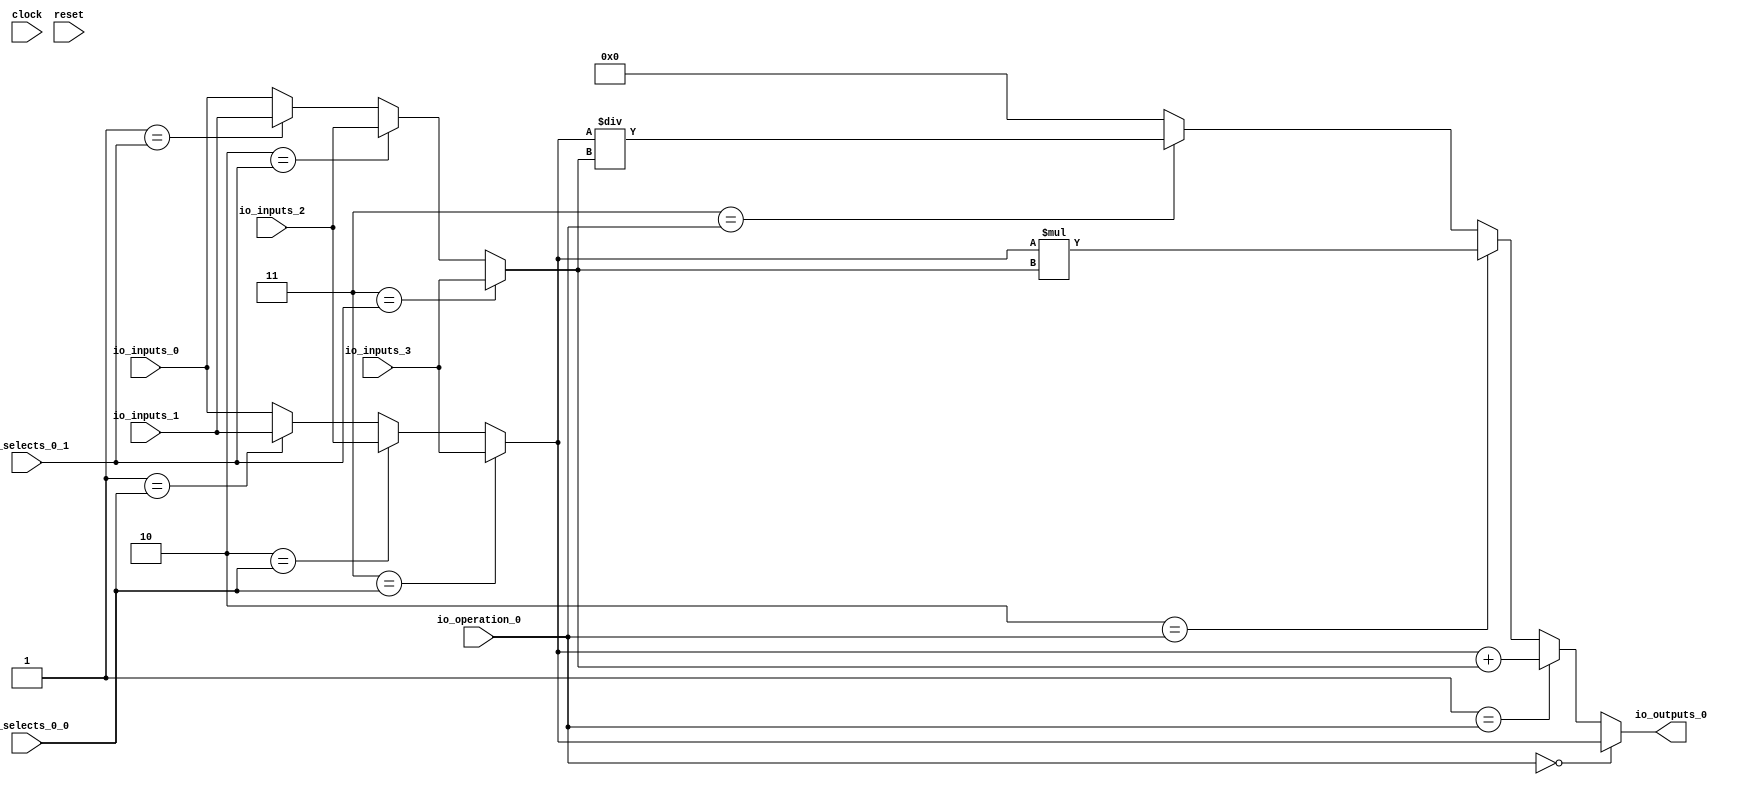
module MuxTest_width_64_inputs_4_outputs_1_pipeline_0( // @[:@3.2]
  input         clock, // @[:@4.4]
  input         reset, // @[:@5.4]
  input  [1:0]  io_selects_0_0, // @[:@6.4]
  input  [1:0]  io_selects_0_1, // @[:@6.4]
  input  [2:0]  io_operation_0, // @[:@6.4]
  input  [63:0] io_inputs_0, // @[:@6.4]
  input  [63:0] io_inputs_1, // @[:@6.4]
  input  [63:0] io_inputs_2, // @[:@6.4]
  input  [63:0] io_inputs_3, // @[:@6.4]
  output [63:0] io_outputs_0 // @[:@6.4]
);
  wire [63:0] _GEN_1; // @[MuxTest_width_64_inputs_4_outputs_1_pipeline_0s.scala 32:53:@8.4]
  wire [63:0] _GEN_2; // @[MuxTest_width_64_inputs_4_outputs_1_pipeline_0s.scala 32:53:@8.4]
  wire [63:0] _GEN_3; // @[MuxTest_width_64_inputs_4_outputs_1_pipeline_0s.scala 32:53:@8.4]
  wire [63:0] _GEN_5; // @[MuxTest_width_64_inputs_4_outputs_1_pipeline_0s.scala 32:53:@8.4]
  wire [63:0] _GEN_6; // @[MuxTest_width_64_inputs_4_outputs_1_pipeline_0s.scala 32:53:@8.4]
  wire [63:0] _GEN_7; // @[MuxTest_width_64_inputs_4_outputs_1_pipeline_0s.scala 32:53:@8.4]
  wire [64:0] _T_128; // @[MuxTest_width_64_inputs_4_outputs_1_pipeline_0s.scala 32:53:@8.4]
  wire [63:0] _T_129; // @[MuxTest_width_64_inputs_4_outputs_1_pipeline_0s.scala 32:53:@9.4]
  wire [127:0] _T_131; // @[MuxTest_width_64_inputs_4_outputs_1_pipeline_0s.scala 33:58:@10.4]
  wire [63:0] _T_133; // @[MuxTest_width_64_inputs_4_outputs_1_pipeline_0s.scala 34:56:@11.4]
  wire  _T_134; // @[Mux.scala 46:19:@12.4]
  wire [63:0] _T_135; // @[Mux.scala 46:16:@13.4]
  wire  _T_136; // @[Mux.scala 46:19:@14.4]
  wire [127:0] _T_137; // @[Mux.scala 46:16:@15.4]
  wire  _T_138; // @[Mux.scala 46:19:@16.4]
  wire [127:0] _T_139; // @[Mux.scala 46:16:@17.4]
  wire  _T_140; // @[Mux.scala 46:19:@18.4]
  wire [127:0] _T_141; // @[Mux.scala 46:16:@19.4]
  assign _GEN_1 = 2'h1 == io_selects_0_0 ? io_inputs_1 : io_inputs_0; // @[MuxTest_width_64_inputs_4_outputs_1_pipeline_0s.scala 32:53:@8.4]
  assign _GEN_2 = 2'h2 == io_selects_0_0 ? io_inputs_2 : _GEN_1; // @[MuxTest_width_64_inputs_4_outputs_1_pipeline_0s.scala 32:53:@8.4]
  assign _GEN_3 = 2'h3 == io_selects_0_0 ? io_inputs_3 : _GEN_2; // @[MuxTest_width_64_inputs_4_outputs_1_pipeline_0s.scala 32:53:@8.4]
  assign _GEN_5 = 2'h1 == io_selects_0_1 ? io_inputs_1 : io_inputs_0; // @[MuxTest_width_64_inputs_4_outputs_1_pipeline_0s.scala 32:53:@8.4]
  assign _GEN_6 = 2'h2 == io_selects_0_1 ? io_inputs_2 : _GEN_5; // @[MuxTest_width_64_inputs_4_outputs_1_pipeline_0s.scala 32:53:@8.4]
  assign _GEN_7 = 2'h3 == io_selects_0_1 ? io_inputs_3 : _GEN_6; // @[MuxTest_width_64_inputs_4_outputs_1_pipeline_0s.scala 32:53:@8.4]
  assign _T_128 = _GEN_3 + _GEN_7; // @[MuxTest_width_64_inputs_4_outputs_1_pipeline_0s.scala 32:53:@8.4]
  assign _T_129 = _GEN_3 + _GEN_7; // @[MuxTest_width_64_inputs_4_outputs_1_pipeline_0s.scala 32:53:@9.4]
  assign _T_131 = _GEN_3 * _GEN_7; // @[MuxTest_width_64_inputs_4_outputs_1_pipeline_0s.scala 33:58:@10.4]
  assign _T_133 = _GEN_3 / _GEN_7; // @[MuxTest_width_64_inputs_4_outputs_1_pipeline_0s.scala 34:56:@11.4]
  assign _T_134 = 3'h3 == io_operation_0; // @[Mux.scala 46:19:@12.4]
  assign _T_135 = _T_134 ? _T_133 : 64'h0; // @[Mux.scala 46:16:@13.4]
  assign _T_136 = 3'h2 == io_operation_0; // @[Mux.scala 46:19:@14.4]
  assign _T_137 = _T_136 ? _T_131 : {{64'd0}, _T_135}; // @[Mux.scala 46:16:@15.4]
  assign _T_138 = 3'h1 == io_operation_0; // @[Mux.scala 46:19:@16.4]
  assign _T_139 = _T_138 ? {{64'd0}, _T_129} : _T_137; // @[Mux.scala 46:16:@17.4]
  assign _T_140 = 3'h0 == io_operation_0; // @[Mux.scala 46:19:@18.4]
  assign _T_141 = _T_140 ? {{64'd0}, _GEN_3} : _T_139; // @[Mux.scala 46:16:@19.4]
  assign io_outputs_0 = _T_141[63:0]; // @[MuxTest_width_64_inputs_4_outputs_1_pipeline_0s.scala 23:14:@20.4]
endmodule